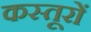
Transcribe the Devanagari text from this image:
कस्तूरों